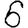
Digit: 6